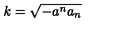
k = \sqrt { - a ^ { n } a _ { n } }